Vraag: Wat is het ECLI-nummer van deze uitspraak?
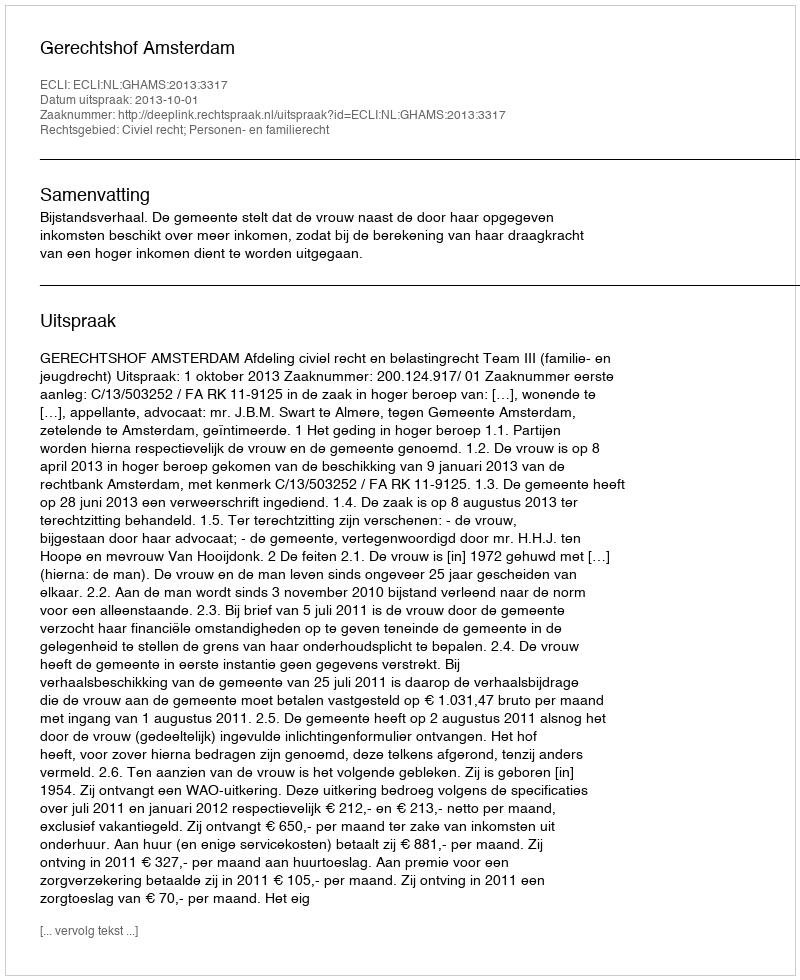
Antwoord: ECLI:NL:GHAMS:2013:3317